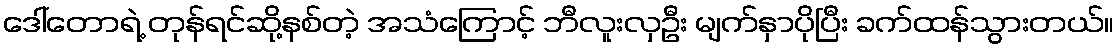
ဒေါ်တောရဲ့ တုန်ရင်ဆို့နစ်တဲ့ အသံကြောင့် ဘီလူးလှဦး မျက်နှာပိုပြီး ခက်ထန်သွားတယ်။